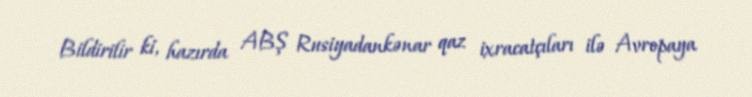
Bildirilir ki, hazırda ABŞ Rusiyadankənar qaz ixracatçıları ilə Avropaya